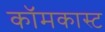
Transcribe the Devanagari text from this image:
कॉमकास्‍ट